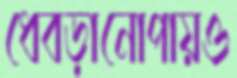
ধেবড়ানোপায়ও